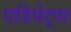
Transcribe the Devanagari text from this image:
एडिपेट्स